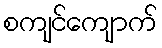
စကျင်ကျောက်